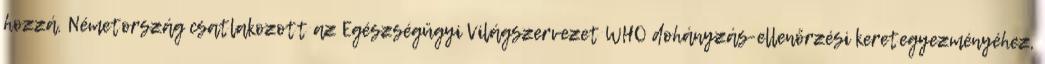
hozzá. Németország csatlakozott az Egészségügyi Világszervezet WHO dohányzás-ellenőrzési keretegyezményéhez,